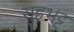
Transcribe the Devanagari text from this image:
सुहभट्ट